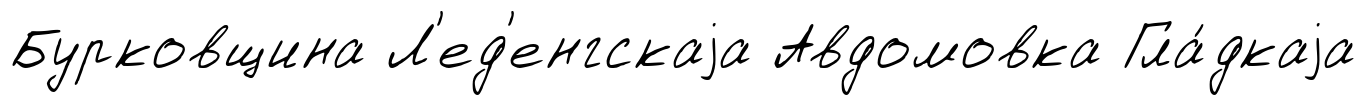
Бурковщина Л'ед'енгскаjа Авдомовка Гла́дкаjа